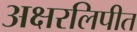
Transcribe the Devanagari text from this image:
अक्षरलिपीत